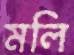
মলি